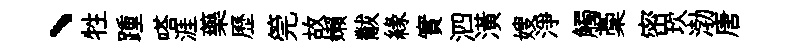
、牲踵嗒涯藥歷筦故嬾黻緣實泗潢嫂淨觸稾密坎渤唐